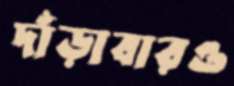
দাঁড়াবারও